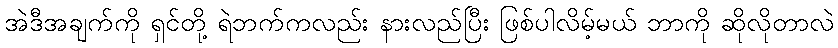
အဲဒီအချက်ကို ရှင်တို့ ရဲဘက်ကလည်း နားလည်ပြီး ဖြစ်ပါလိမ့်မယ် ဘာကို ဆိုလိုတာလဲ